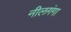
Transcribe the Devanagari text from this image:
नीलगंगा